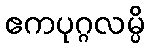
ဧကပုဂ္ဂလမ္ပိ